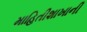
માહિતીશાખાની